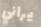
يراني